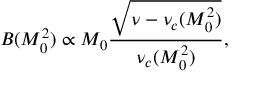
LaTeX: B ( M _ { 0 } ^ { 2 } ) \propto M _ { 0 } \frac { \sqrt { \nu - \nu _ { c } ( M _ { 0 } ^ { 2 } ) } } { \nu _ { c } ( M _ { 0 } ^ { 2 } ) } ,